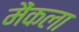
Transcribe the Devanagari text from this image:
मैंकला